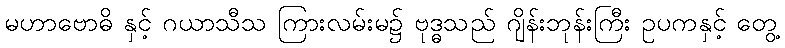
မဟာဗောဓိ နှင့် ဂယာသီသ ကြားလမ်းမ၌ ဗုဒ္ဓသည် ဂျိန်းဘုန်းကြီး ဥပကနှင့် တွေ့